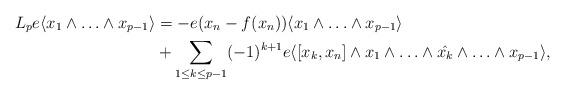
LaTeX: \begin{align*} L_p e\langle x_1\wedge\ldots\wedge x_{p-1}\rangle&= -e(x_n-f(x_n))\langle x_1\wedge\ldots \wedge x_{p-1}\rangle\\&+\sum_{1\le k \le p-1} (-1)^{k+1} e\langle[x_k,x_n]\wedge x_1\wedge\ldots\wedge \Hat {x_k}\wedge\ldots\wedge x_{p-1}\rangle, \\ \end{align*}